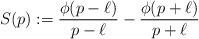
LaTeX: \begin{align*}S(p) := \frac{\phi(p-\ell)}{p-\ell} - \frac{\phi(p+\ell)}{p+\ell}\end{align*}